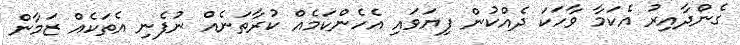
ގެންދާއިރު އެކަމާ ވާހަކަ ދެއްކުން ފިޔަވައި އެހެންކަމެއް ކުރާތަނެއް ނުފެނި އެތަކެއް ޒަމާން